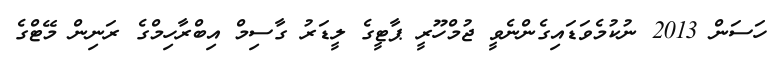
ހަސަން 2013 ނުކުމެވަޑައިގެންނެވީ ޖުމްހޫރީ ޕާޓީގެ ލީޑަރު ގާސިމް އިބްރާހިމްގެ ރަނިން މޭޓްގެ